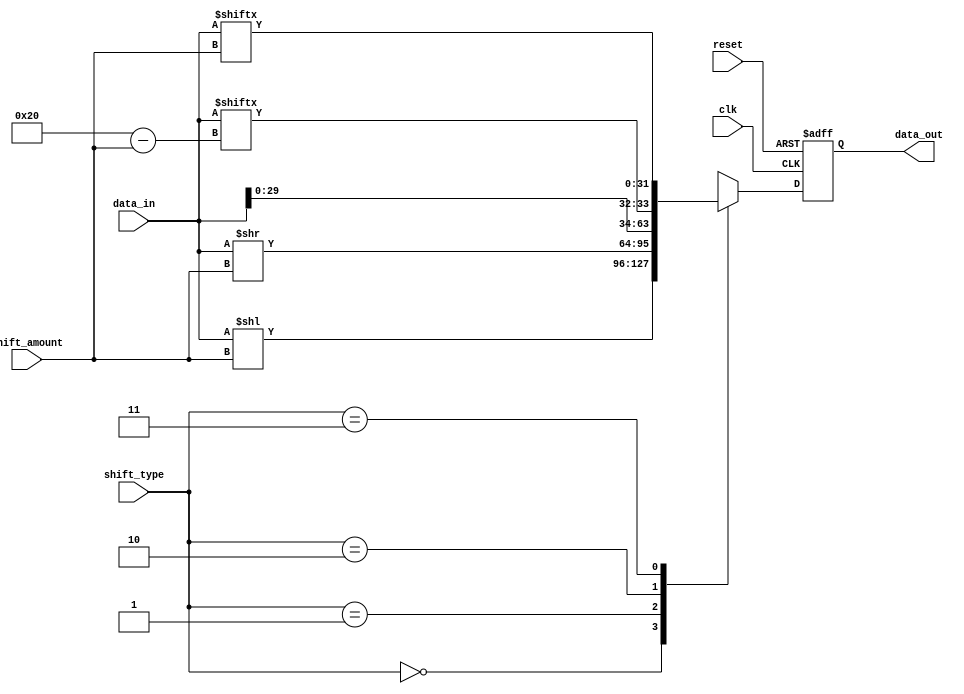
module CircularBarrelShifter (
    input wire clk,
    input wire reset,
    input wire [3:0] shift_amount,
    input wire [1:0] shift_type,
    input wire [31:0] data_in,
    output wire [31:0] data_out
);

reg [31:0] shifted_data;

always @(posedge clk or posedge reset) begin
    if (reset) begin
        shifted_data <= 32'd0;
    end else begin
        case(shift_type)
            2'b00: shifted_data <= data_in << shift_amount; // Left shift
            2'b01: shifted_data <= data_in >> shift_amount; // Right shift
            2'b10: shifted_data <= {data_in[(32-shift_amount-1):0], data_in[31:(32-shift_amount)]}; // Rotate left
            2'b11: shifted_data <= {data_in[(shift_amount-1):0], data_in[31:shift_amount]}; // Rotate right
            default: shifted_data <= data_in;
        endcase
    end
end

assign data_out = shifted_data;

endmodule